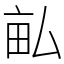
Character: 畆